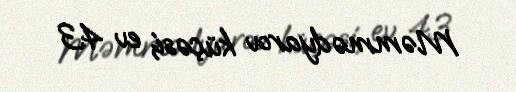
Məmmədyarov küçəsi, ev 43